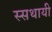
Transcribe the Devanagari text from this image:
स्सथायी